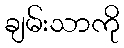
ချမ်းသာကို